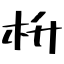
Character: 枡